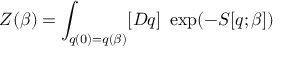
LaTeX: Z ( \beta ) = \int _ { q ( 0 ) = q ( \beta ) } [ { \cal D } q ] \ \exp ( - S [ q ; \beta ] )